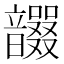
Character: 𩑇